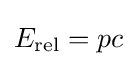
E_{\text{rel}}=pc